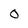
Character: 0